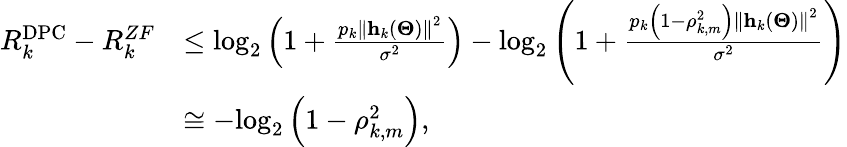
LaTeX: \begin{array}{rl}{R_{k}^{\mathrm{{DPC}}}-R_{k}^{ZF}}&{\le{\log_{2}}\left({1+\frac{{{p_{k}}{{\left\| {{{\mathbf{h}}_{k}}\left({\mathbf{\Theta}}\right)}\right\| }^{2}}}}{{{\sigma^{2}}}}}\right)-{\log_{2}}\left({1+\frac{{{p_{k}}\left({1-\rho_{k,m}^{2}}\right){{\left\| {{{\mathbf{h}}_{k}}\left({\mathbf{\Theta}}\right)}\right\| }^{2}}}}{{{\sigma^{2}}}}}\right)}\\ &{\cong-{\log_{2}}\left({1-\rho_{k,m}^{2}}\right),}\end{array}